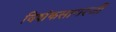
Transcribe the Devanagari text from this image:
विशंकसागरजी